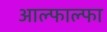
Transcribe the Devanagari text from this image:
आल्फाल्फा